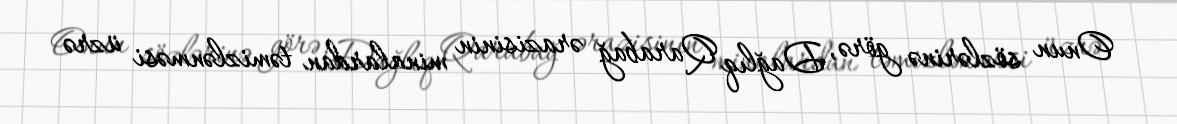
Onun sözlərinə görə, Dağlıq Qarabağ ərazisinin minalardan təmizlənməsi üzrə